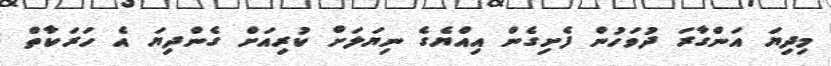
މިދިޔަ އަންގާރަ ދުވަހުން ފެށިގެން އިއްޔެގެ ނިޔަލަށް ކުރިއަށް ގެންދިޔަ އެ ހަރަކާތް